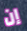
إن